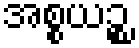
အစ္စယဉ္စ